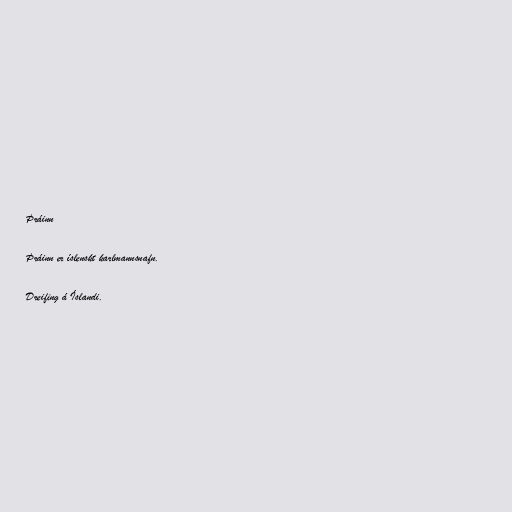
Þráinn

Þráinn er íslenskt karlmannsnafn.

Dreifing á Íslandi.